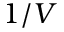
1 / V